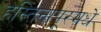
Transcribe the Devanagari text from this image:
हस्तिनापूरमधे